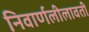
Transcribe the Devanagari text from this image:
निवार्णलीलावती